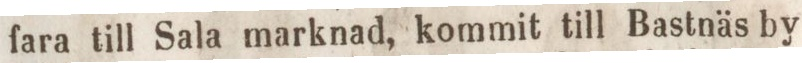
fara till Sala marknad, kommit till Bastnäs by